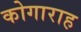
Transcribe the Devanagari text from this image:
कोगाराह